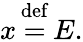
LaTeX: x\, {\stackrel{\mathrm{def}}{=}}\, E.